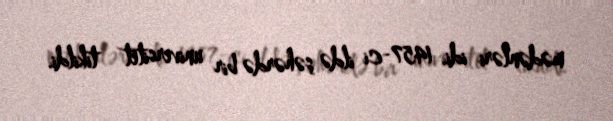
mədənləri idi. 1457-ci ildə şəhərdə bir universitet tikildi.